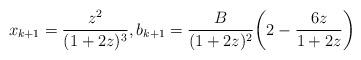
LaTeX: \begin{align*}x_{k+1}=\frac{z^2}{(1+2z)^3},b_{k+1}=\frac{B}{(1+2z)^2}\biggl(2-\frac{6z}{1+2z}\biggr)\end{align*}